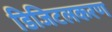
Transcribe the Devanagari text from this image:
डिजिटलकरण